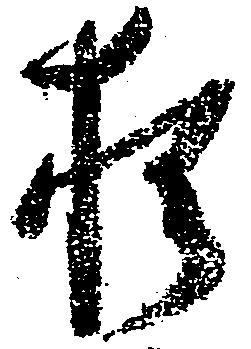
猶